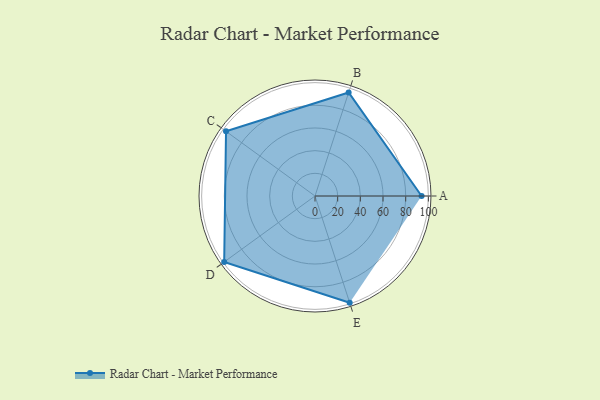
{"axis": {"x": "Skill", "y": "Score"}, "legend": ["Profile"], "data": [{"x": "A", "y": 94.0, "type": "Profile"}, {"x": "B", "y": 96.0, "type": "Profile"}, {"x": "C", "y": 97.0, "type": "Profile"}, {"x": "D", "y": 99, "type": "Profile"}, {"x": "E", "y": 99, "type": "Profile"}]}